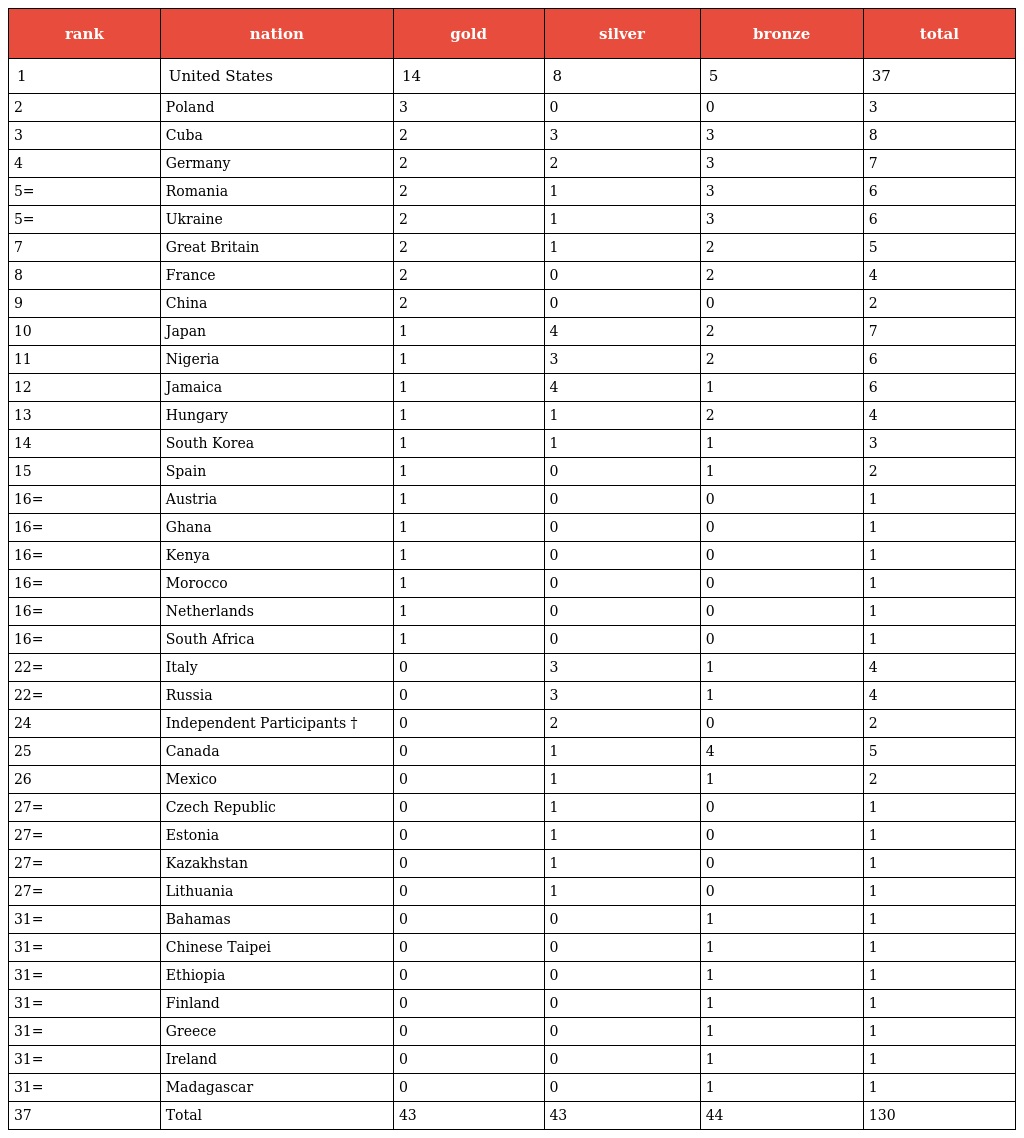
| rank | nation | gold | silver | bronze | total |
 | --- | --- | --- | --- | --- | --- |
 | 1 | United States | 14 | 8 | 5 | 37 |
 | 2 | Poland | 3 | 0 | 0 | 3 |
 | 3 | Cuba | 2 | 3 | 3 | 8 |
 | 4 | Germany | 2 | 2 | 3 | 7 |
 | 5= | Romania | 2 | 1 | 3 | 6 |
 | 5= | Ukraine | 2 | 1 | 3 | 6 |
 | 7 | Great Britain | 2 | 1 | 2 | 5 |
 | 8 | France | 2 | 0 | 2 | 4 |
 | 9 | China | 2 | 0 | 0 | 2 |
 | 10 | Japan | 1 | 4 | 2 | 7 |
 | 11 | Nigeria | 1 | 3 | 2 | 6 |
 | 12 | Jamaica | 1 | 4 | 1 | 6 |
 | 13 | Hungary | 1 | 1 | 2 | 4 |
 | 14 | South Korea | 1 | 1 | 1 | 3 |
 | 15 | Spain | 1 | 0 | 1 | 2 |
 | 16= | Austria | 1 | 0 | 0 | 1 |
 | 16= | Ghana | 1 | 0 | 0 | 1 |
 | 16= | Kenya | 1 | 0 | 0 | 1 |
 | 16= | Morocco | 1 | 0 | 0 | 1 |
 | 16= | Netherlands | 1 | 0 | 0 | 1 |
 | 16= | South Africa | 1 | 0 | 0 | 1 |
 | 22= | Italy | 0 | 3 | 1 | 4 |
 | 22= | Russia | 0 | 3 | 1 | 4 |
 | 24 | Independent Participants † | 0 | 2 | 0 | 2 |
 | 25 | Canada | 0 | 1 | 4 | 5 |
 | 26 | Mexico | 0 | 1 | 1 | 2 |
 | 27= | Czech Republic | 0 | 1 | 0 | 1 |
 | 27= | Estonia | 0 | 1 | 0 | 1 |
 | 27= | Kazakhstan | 0 | 1 | 0 | 1 |
 | 27= | Lithuania | 0 | 1 | 0 | 1 |
 | 31= | Bahamas | 0 | 0 | 1 | 1 |
 | 31= | Chinese Taipei | 0 | 0 | 1 | 1 |
 | 31= | Ethiopia | 0 | 0 | 1 | 1 |
 | 31= | Finland | 0 | 0 | 1 | 1 |
 | 31= | Greece | 0 | 0 | 1 | 1 |
 | 31= | Ireland | 0 | 0 | 1 | 1 |
 | 31= | Madagascar | 0 | 0 | 1 | 1 |
 | 37 | Total | 43 | 43 | 44 | 130 |